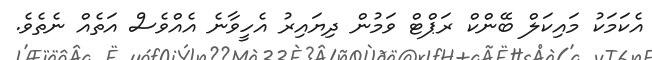
އެކަމަކު މައިކަލް ބޭންކް ރަޕްޓް ވަމުން ދިޔައިރު އެހީވާނެ އެއްވެސް އަތެއް ނެތެވެ.